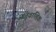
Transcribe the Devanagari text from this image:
आंनुवांशिक